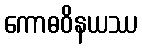
ကောဓဝိနယဿ